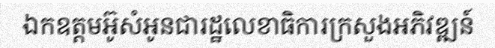
ឯកឧត្តមអ៊ូសំអូនជារដ្ឋលេខាធិការក្រសួងអភិវឌ្ឍន៍